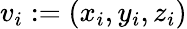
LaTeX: v_{i}:=(x_{i},y_{i},z_{i})